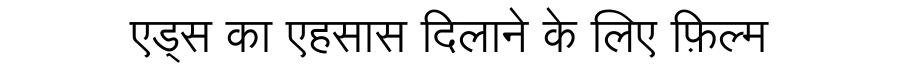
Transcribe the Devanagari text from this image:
एड्स का एहसास दिलाने के लिए फ़िल्म